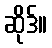
ဆိုဒ်။